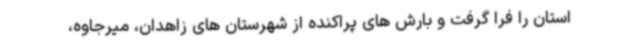
استان را فرا گرفت و بارش های پراکنده از شهرستان های زاهدان، میرجاوه،